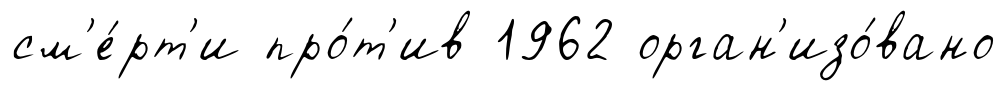
см'е́рт'и про́т'ив 1962 орган'изо́вано